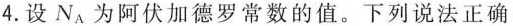
4.设N_{A}为阿伏加德罗常数的值。下列说法正确的